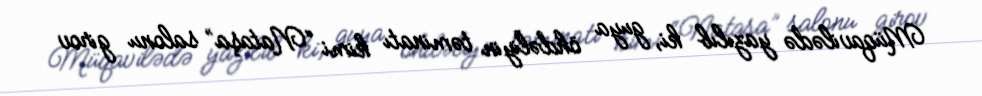
Müqavilədə yazılıb ki, guya öhdəliyin təminatı kimi “Nataşa” salonu girov